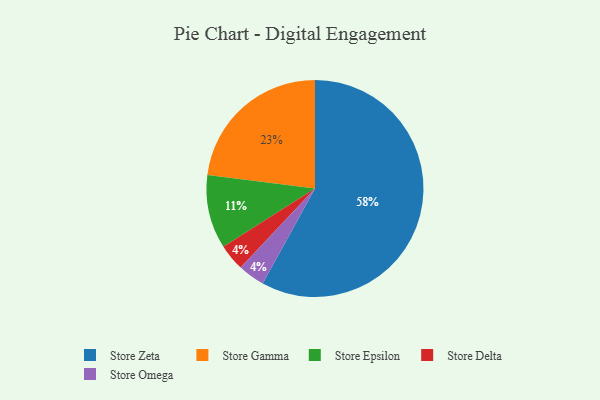
{"axis": {"x": "Category", "y": "Percentage"}, "legend": ["Store Delta", "Store Epsilon", "Store Gamma", "Store Omega", "Store Zeta"], "data": [{"x": "Store Zeta", "y": 58, "type": "Store Zeta"}, {"x": "Store Delta", "y": 4, "type": "Store Delta"}, {"x": "Store Epsilon", "y": 11, "type": "Store Epsilon"}, {"x": "Store Omega", "y": 4, "type": "Store Omega"}, {"x": "Store Gamma", "y": 23, "type": "Store Gamma"}]}